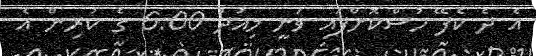
އެ ދެ ކެފޭ ހުސްކޮށްފައި ވަނީ މިއަދު 6:00 ގެ ކުރިން އެ